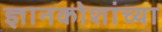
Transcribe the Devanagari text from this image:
ज्ञानकोशांच्या